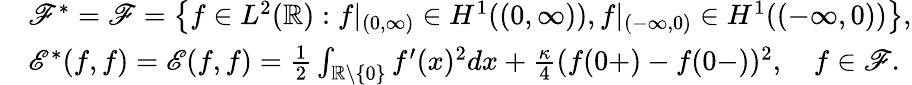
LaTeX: \begin{array}{rl}&{{\mathscr F}^{*}={\mathscr F}=\left\{ f\in L^{2}({\mathbb R}):f|_{(0,\infty)}\in H^{1}((0,\infty)),f|_{(-\infty,0)}\in H^{1}((-\infty,0))\right\} ,}\\ &{{\mathscr E}^{*}(f,f)={\mathscr E}(f,f)=\frac{1}{2}\int_{{\mathbb R}\setminus\{ 0\} }f^{\prime}(x)^{2}dx+\frac{\kappa}{4}(f(0+)-f(0-))^{2},\quad f\in{\mathscr F}.}\end{array}